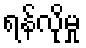
ရန်လိုမှု